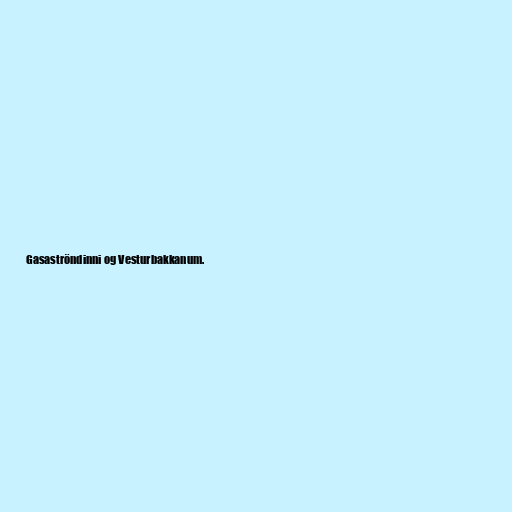
Gasaströndinni og Vesturbakkanum.